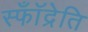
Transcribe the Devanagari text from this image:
स्फॉँद्रेति